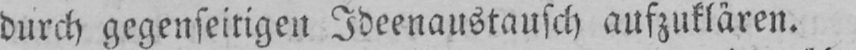
durch gegenseitigen Ideenaustausch aufzuklären.